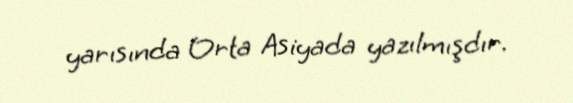
yarısında Orta Asiyada yazılmışdır.